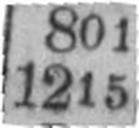
1215